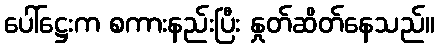
ပေါ်ဋ္ဌေးက စကားနည်းပြီး နှုတ်ဆိတ်နေသည်။